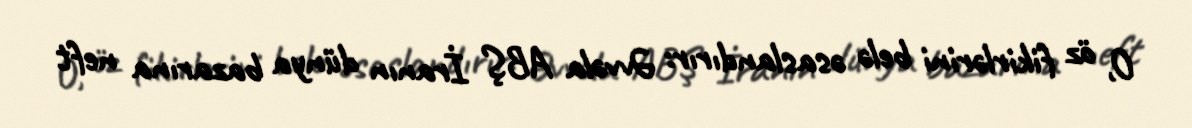
O, öz fikirlərini belə əsaslandırır: Əvvəla ABŞ İranın dünya bazarına neft